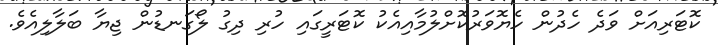
ކޮޓަރިއަށް ވަދެ ހެދުން ހެޔޮވަރުކޮށްލުމާއިއެކު ކޮޓަރީގައި ހުރި ދިގު ލޯގަނޑުން ޖިޔާ ބަލާލިއެވެ.